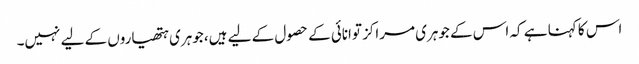
اس کا کہنا ہے کہ اس کے جوہری مراکز توانائی کے حصول کے لیے ہیں، جوہری ہتھیاروں کے لیے نہیں۔